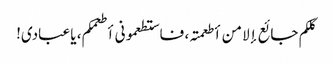
کلکم جائع إلا من أطعمتہ، فاستطعمونی أطعمکم، یا عبادی!